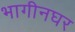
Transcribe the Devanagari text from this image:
भागीनघर